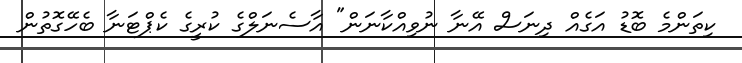
ކިތަންމެ ބޮޑު އަގެއް ދިނަސް އޭނާ ނުވިއްކާނަން" އާސެނަލްގެ ކުރީގެ ކެޕްޓަނާ ބެހޭގޮތުން